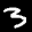
Label: 3